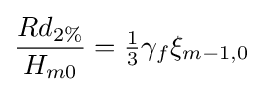
{\frac {Rd_{2\%}}{H_{m0}}}={\tfrac {1}{3}}\gamma _{f}\xi _{m-1,0}